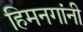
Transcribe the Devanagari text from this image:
हिमनगांनी